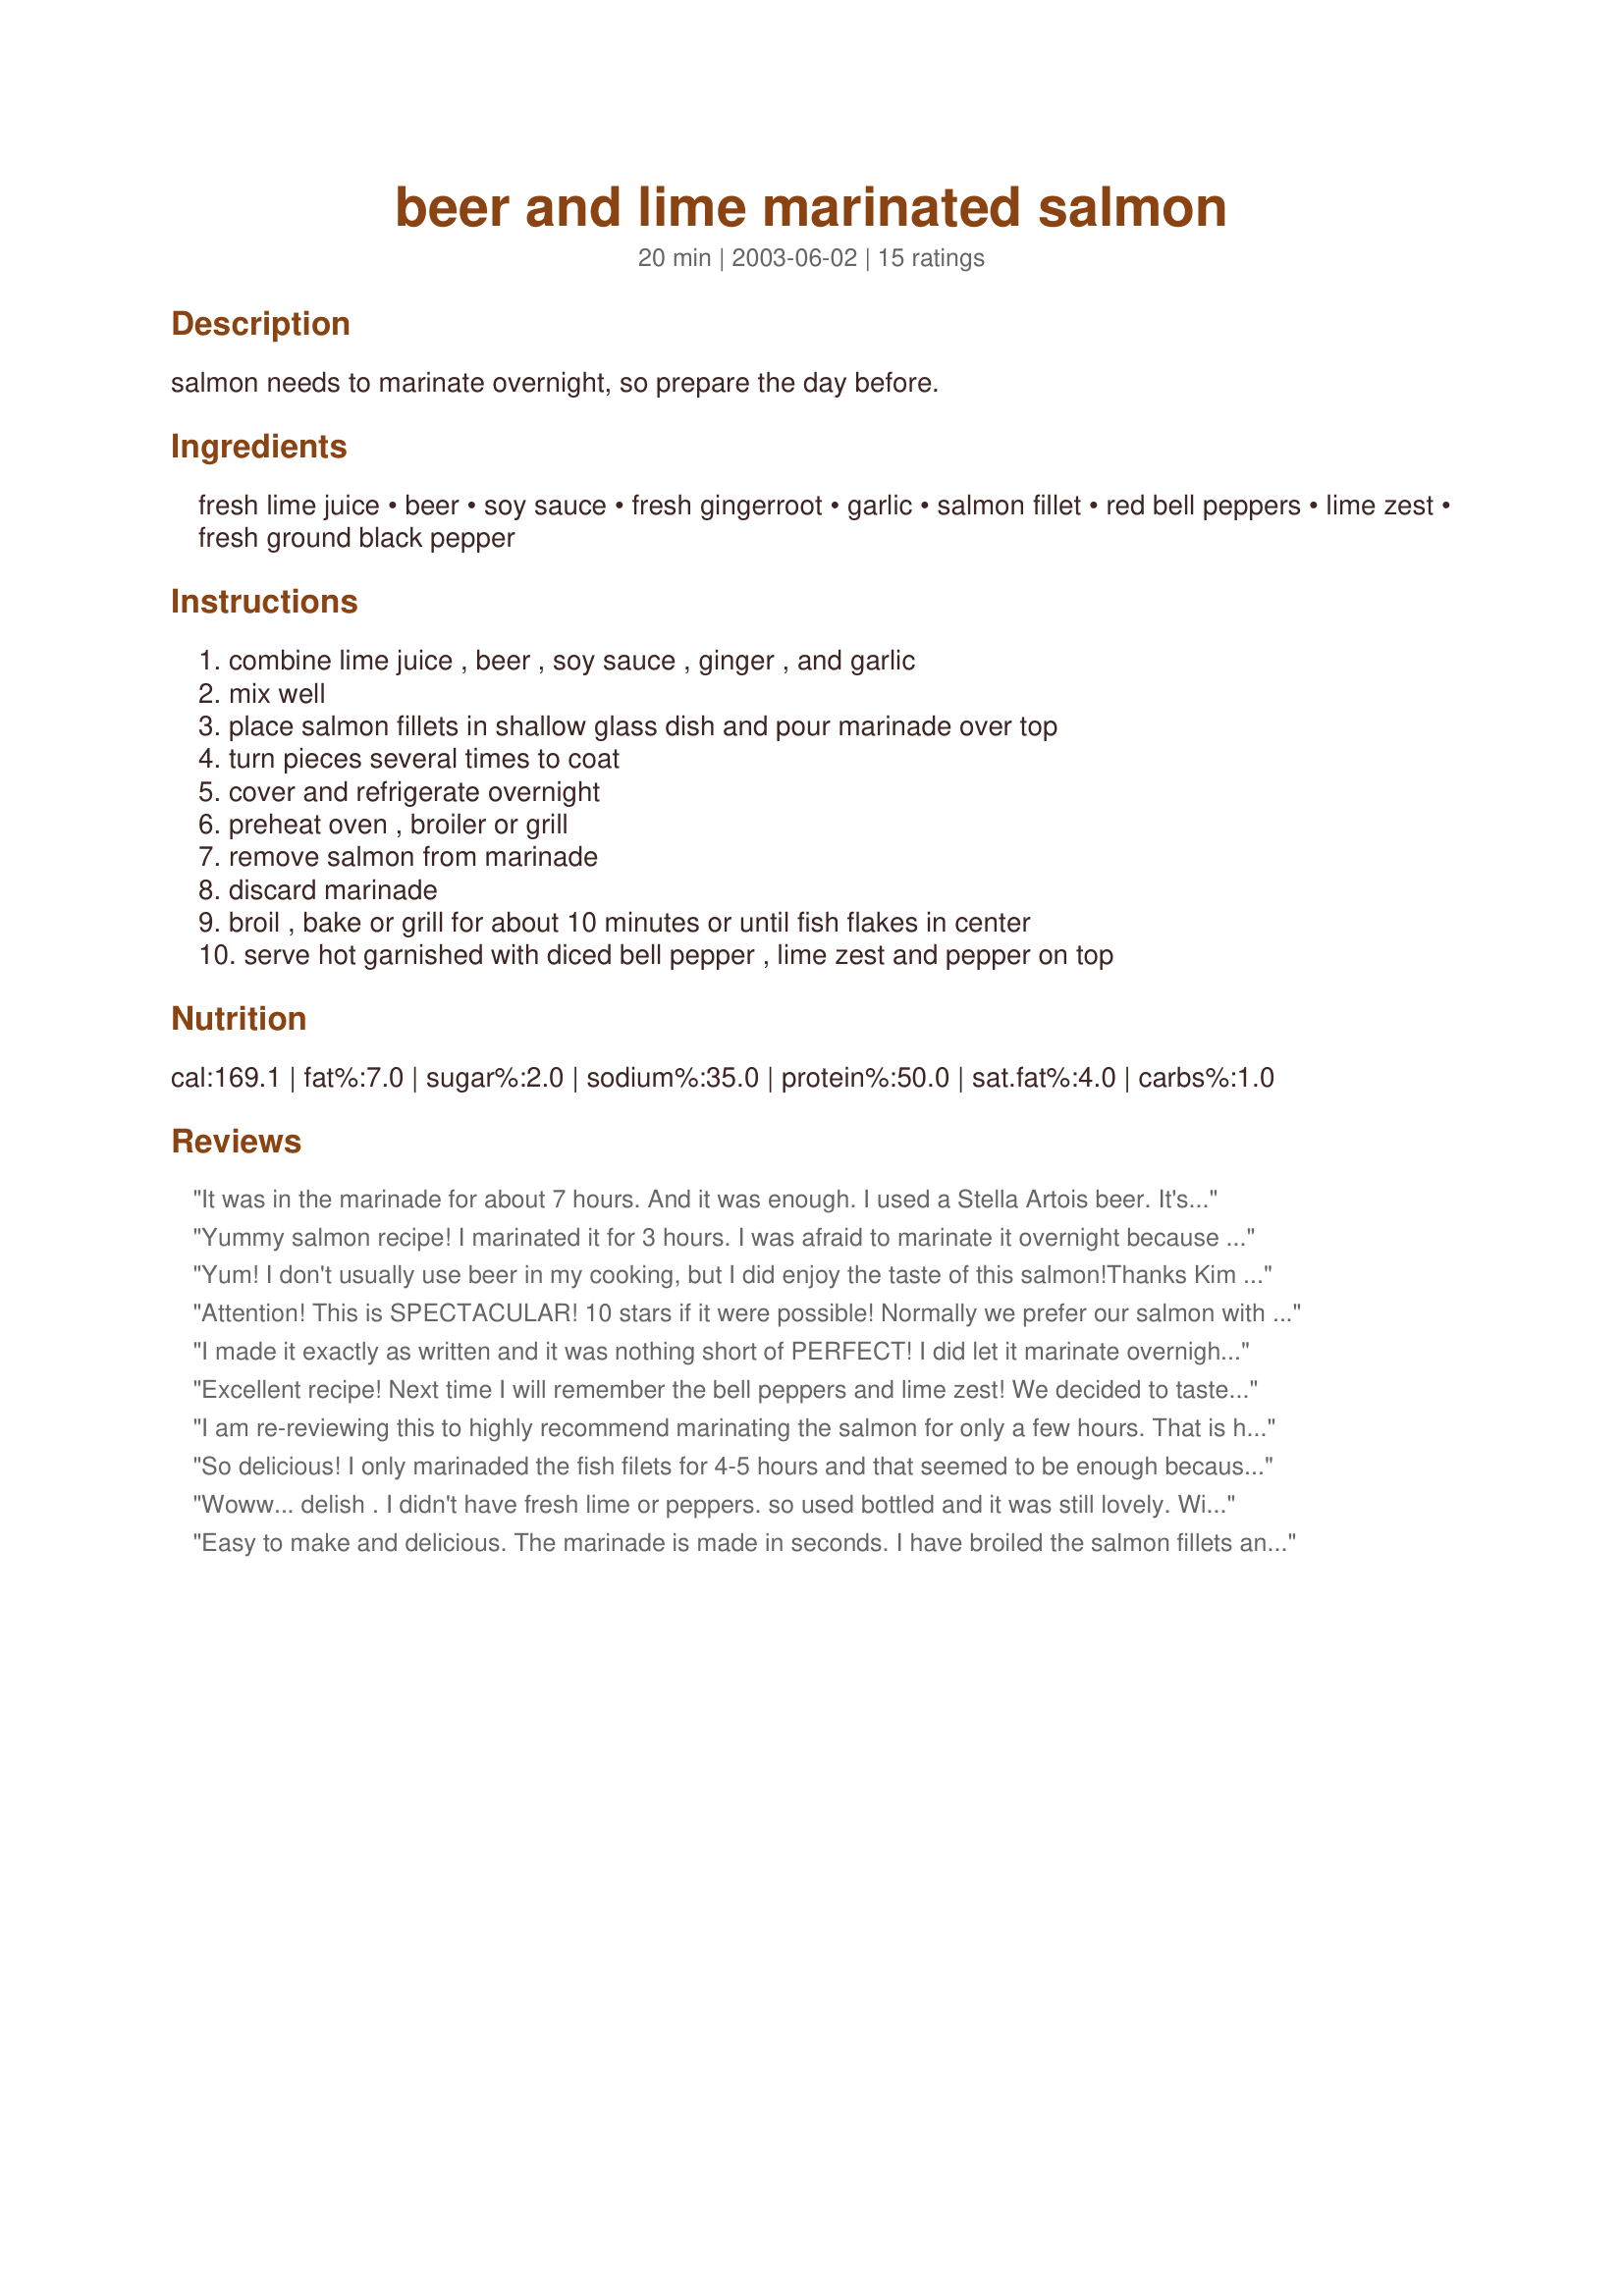
beer and lime marinated salmon
Preparation time: 20 minutes

salmon needs to marinate overnight, so prepare the day before.

Ingredients:
fresh lime juice, beer, soy sauce, fresh gingerroot, garlic, salmon fillet, red bell peppers, lime zest, fresh ground black pepper

Steps:
combine lime juice , beer , soy sauce , ginger , and garlic, mix well, place salmon fillets in shallow glass dish and pour marinade over top, turn pieces several times to coat, cover and refrigerate overnight, preheat oven , broiler or grill, remove salmon from marinade, discard marinade, broil , bake or grill for about 10 minutes or until fish flakes in center, serve hot garnished with diced bell pepper , lime zest and pepper on top

Reviews:
It was in the marinade for about 7 hours. And it was enough. I used a Stella Artois beer. It's so delicious. Thanks Kim :) Made for Beverage tag.
Yummy salmon recipe! I marinated it for 3 hours. I was afraid to marinate it overnight because of the lime juice cooking the fish, and I think it was just enough. We really enjoyed the combination of flavours. Many salmon recipes with soy and ginger also have honey or brown sugar which can make them quite sticky after cooking. This went nice and crispy, and we preferred this rather than the sweeter versions. Yum! Thanks Kim!
Yum! I don't usually use beer in my cooking, but I did enjoy the taste of this salmon!Thanks Kim for a lovely way to fix salmon!
Attention! This is SPECTACULAR! 10 stars if it were possible! Normally we prefer our salmon with a slightly sweet type of glaze or marinade. This PROVED that we LOVE it equally with a savory marinade! AMAZINGLY superb! 

I used Samuel Adams Boston Ale. I highly recommend using a good beer here bc imho the flavor would not be good using a lighter beer such as Budweiser, etc... 

The ginger,garlic, lime and beer combine to make a scrumptious combo of a marinade. I only marinated about 3 hours as I agree with the fact that the lime juice does cook the fish. 3 hours seemed perfect judging from the flavor and texture of the finished product. 

I topped this with some yellow/orange bell pepper that I had roasted and frozen whole. I chopped some up for this recipe. The resulting pepper is softer than if it were fresh but that is a small price to pay to have the convenience.

10 minutes per inch was the PERFECT cooking time- I broiled as it is winter and was dark at supper time here. The fish came out perfectly cooked with a nice finish on the outer portion and a barely rare- for lack of a better word- inside. It was not so much rare as moist and juicy without being overcooked. Not raw at all. Just perfect! 

Kim, thank you thank you thank you for sharing this awesome recipe! I know it will be a great addition to my book #63198 (All of them KEEPERS and favorites in Mama's Kitchen!) 

Made for Beverage Tag! Happy Holidays!
I made it exactly as written and it was nothing short of PERFECT! I did let it marinate overnight and the flavors were very subtle. . .however. . .(here's my favorite part). . .it TOTALLY took away the fishy Salmon flavor. I did add some orange juice and seasoning salt to the peppers (not in the photo, as DH didn't want them on his half LOL) which made them downright great on top of this fish. Used Foster's Beer since I was making this for the Aussie region during ZWT 5. Mine was cooked perfectly in 10 minutes on the grill. Thanks for a recipe that I will definitely make again. So good, Kim!!!
Excellent recipe! Next time I will remember the bell peppers and lime zest! We decided to taste it right off the grill to see if it was okay, and ended up eating the whole thing without the addition of the peppers and zest! YUM!
I am re-reviewing this to highly recommend marinating the salmon for only a few hours. That is how I usually prepare it, but yesterday we decided to go overnight since that is what the recipe directs. I forgot that the lime juice will cook the fish. So the texture was not as good & the marinade flavor actually overwhelmed the salmon. But if you only marinate for a few hours, this is an excellent preparation for salmon.
So delicious! I only marinaded the fish filets for 4-5 hours and that seemed to be enough because they were moist and flavorful after grilling for about 15 minutes. I topped them with finely minced, fresh cherry peppers and served with steamed jasmine rice and sautéed patty pan squash. Great dinner!
Woww... delish . I didn't have fresh lime or peppers. so used bottled and it was still lovely. Will certainly make again. Made for ZWT Another keeper.
Easy to make and delicious. The marinade is made in seconds. I have broiled the salmon fillets and they were done in less than 10 minutes. The flavours were great. I like the combination of beer, lime juice and soy sauce. And the fish was very tender.
Full of lime flavors and tender to boot! I used Leinie's Honeyweiss beer, which really gives off a nice flavor for this recipe. I served with pea pods for a lovely light summer meal.
Perfect summer recipe! One of those dishes that equal far more than the amount of work you put into it. Such a nice balance of flavors that will work well with all kinds of side dishes. I used Samuel Adams black lager and it gave a really nice depth of flavor. Also threw in some sesame seeds because I loved the flavor they add when grilled. Thanks for posting. A definite make again!
The salmon was perfect, it just fell apart on my plate. The tastes of the beer and lime were different, but quite pleasant! Thanks!
Wow, my fiance and I were both pleasantly suprised at just how good (but so easy) this was! I used a brown ale (Newcastle) for the marinade, and used 1/4 tablespoon of ginger spice instead of the fresh gingerroot since I didn't have any. I marinated overnight in a ziplock bag, then cooked on the grill. The salmon came out deliciously crispy and slightly charred on the outside, and juicy and tender on the inside. I garnished only with lime wedges, no bell peppers. Fantastic!!
This salmon is so moist. I had 2 6oz. fillets, so I only marinated 2-3 hours, and cooked in a 400 degree oven for 13 minutes. Delicious. It very good on a green salad with Recipe #295678. Thanks for posting, Kim.
